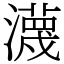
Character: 瀎